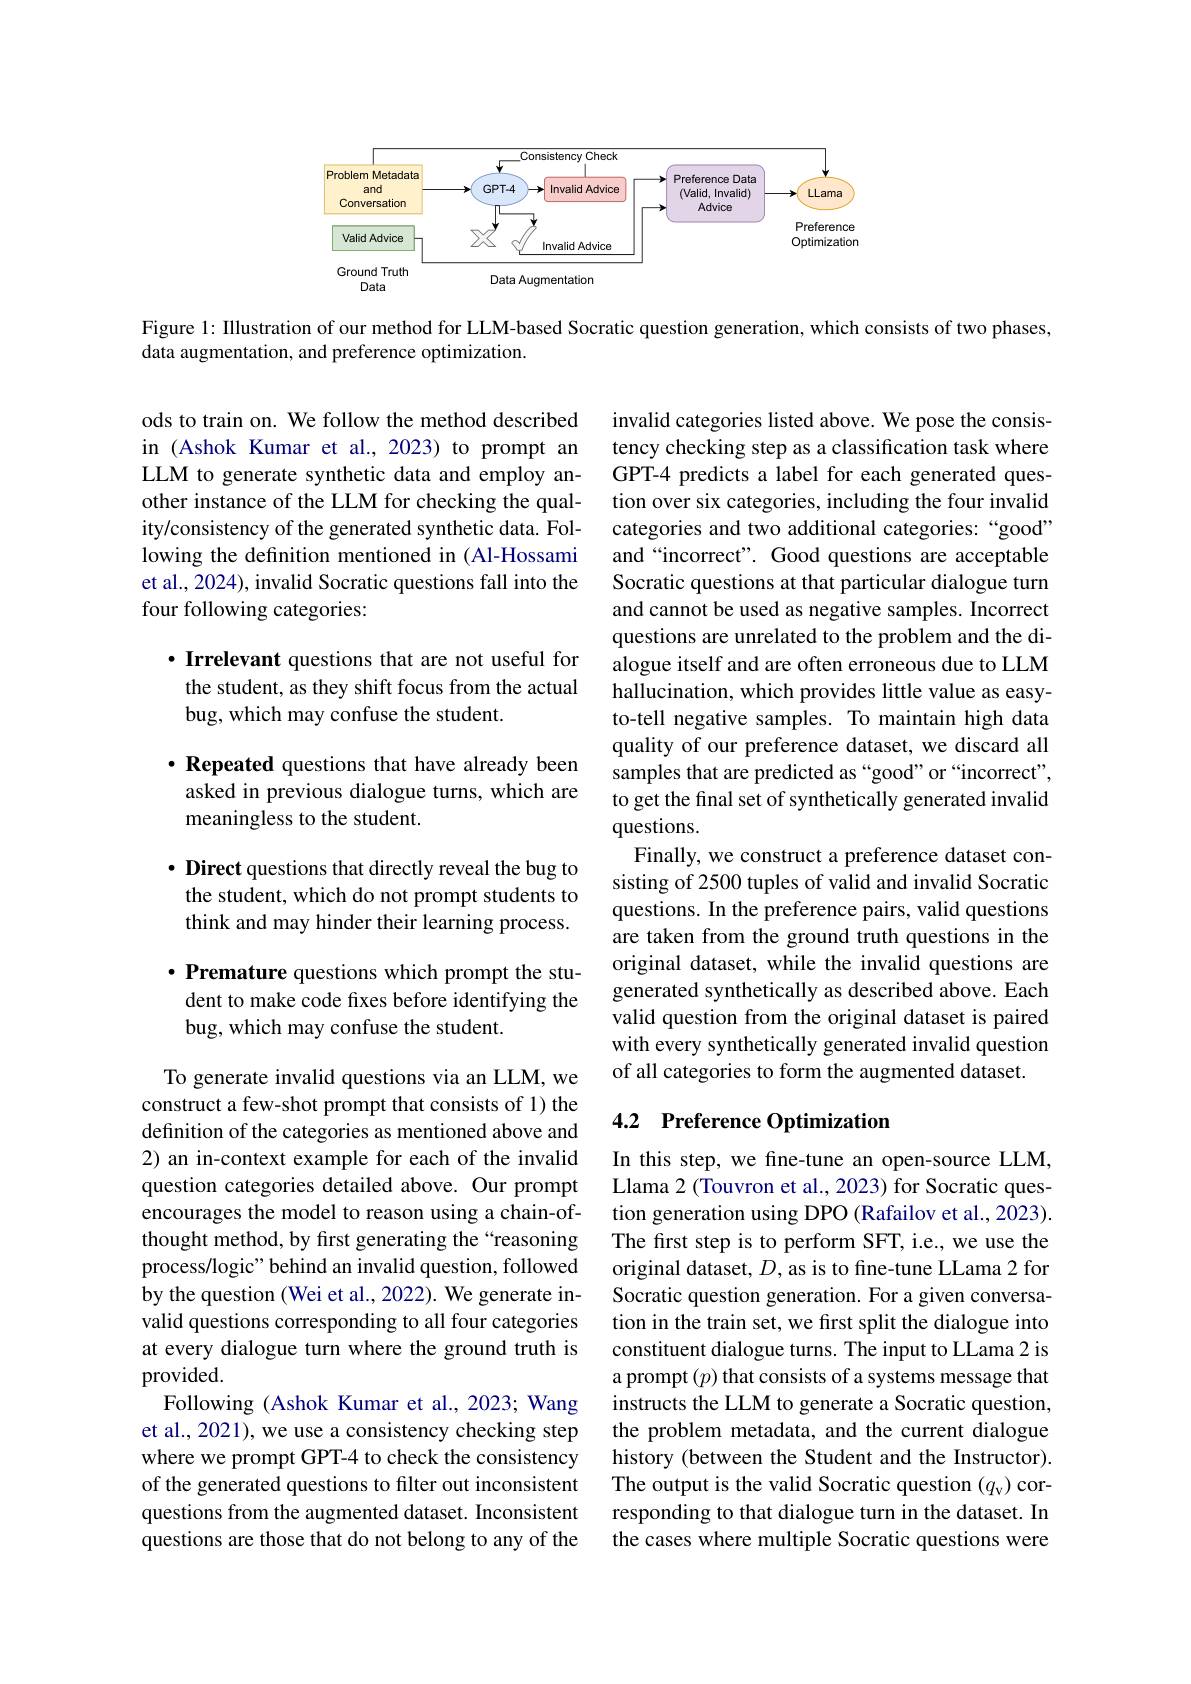
<FigureHere>

Figure 1: IIlustration of our method for LLM-based Socratic question generation, which consists of two phases,
data augmentation, and preference optimization.

ods to train on. We follow the method described in (Ashok Kumar et al., 2023) to prompt an LLM to generate synthetic data and employ another instance of the LLM for checking the quality/consistency of the generated synthetic data. Following the definition mentioned in (Al-Hossami et al., 2024), invalid Socratic questions fall into the four following categories:

$\cdot \textbf{ Irrelevant questions that are not useful for}$ the student, as they shift focus from the actual bug, which may confuse the student.

invalid categories listed above. We pose the consistency checking step as a classification task where GPT-4 predicts a label for each generated question over six categories, including the four invalid categories and two additional categories: “good” and “incorrect”. Good questions are acceptable Socratic questions at that particular dialogue turn and cannot be used as negative samples. Incorrect questions are unrelated to the problem and the dialogue itself and are often erroneous due to LLM hallucination, which provides little value as easyto-tell negative samples. To maintain high data quality of our preference dataset, we discard all samples that are predicted as “good”or“incorrect”, to get the final set of synthetically generated invalid questions.
Finally, we construct a preference dataset consisting of 2500 tuples of valid and invalid Socratic questions. In the preference pairs, valid questions are taken from the ground truth questions in the original dataset, while the invalid questions are generated synthetically as described above. Each valid question from the original dataset is paired with every synthetically generated invalid question of all categories to form the augmented dataset.

$\cdot \textbf{Repeated questions that have already been}$ asked in previous dialogue turns, which are meaningless to the student.

$\cdot$ Direct questions that directly reveal the bug to the student, which do not prompt students to think and may hinder their learning process.

$\cdot \textbf{Premature questions which prompt the stu- }$ dent to make code fixes before identifying the bug, which may confuse the student.

### 4.2 Preference Optimization

To generate invalid questions via an LLM, we construct a few-shot prompt that consists of 1) the definition of the categories as mentioned above and 2) an in-context example for each of the invalid question categories detailed above. Our prompt encourages the model to reason using a chain-ofthought method, by first generating the“reasoning process/logic" behind an invalid question, followed by the question (Wei et al., 2022). We generate invalid questions corresponding to all four categories at every dialogue turn where the ground truth is provided.
Following (Ashok Kumar et al.,2023; Wang et al., 2021), we use a consistency checking step where we prompt GPT-4 to check the consistency of the generated questions to filter out inconsistent questions from the augmented dataset. Inconsistent questions are those that do not belong to any of the

In this step, we fine-tune an open-source LLM, Llama 2 (Touvron et al., 2023) for Socratic question generation using DPO (Rafailov et al., 2023). The first step is to perform SFT, i.e., we use the original dataset, $D$, as is to fine-tune LLama 2 for Socratic question generation. For a given conversation in the train set, we first split the dialogue into constituent dialogue turns. The input to LLama 2 is a prompt $(p)$ that consists of a systems message that instructs the LLM to generate a Socratic question, the problem metadata, and the current dialogue history (between the Student and the Instructor). The output is the valid Socratic question (qv) corresponding to that dialogue turn in the dataset. In the cases where multiple Socratic questions were